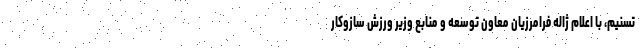
تسنیم، با اعلام ژاله فرامرزیان معاون توسعه و منابع وزیر ورزش سازوکار